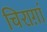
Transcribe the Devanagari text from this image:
चिराग़ां